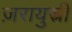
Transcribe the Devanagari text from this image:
ज़रायुस्त्री